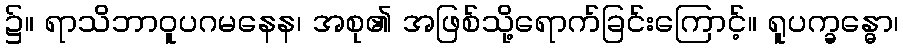
၌။ ရာသိဘာဝူပဂမနေန၊ အစု၏ အဖြစ်သို့ရောက်ခြင်းကြောင့်။ ရူပက္ခန္ဓော၊